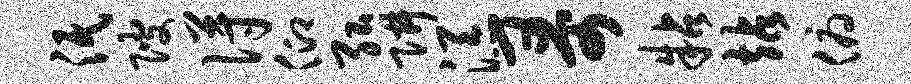
泯陂得仰弘阱添哥粘站俯